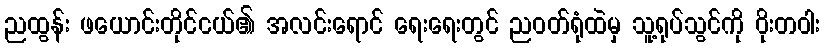
ညထွန်း ဖယောင်းတိုင်ငယ်၏ အလင်းရောင် ရေးရေးတွင် ညဝတ်ရုံထဲမှ သူ့ရုပ်သွင်ကို ဝိုးတဝါး